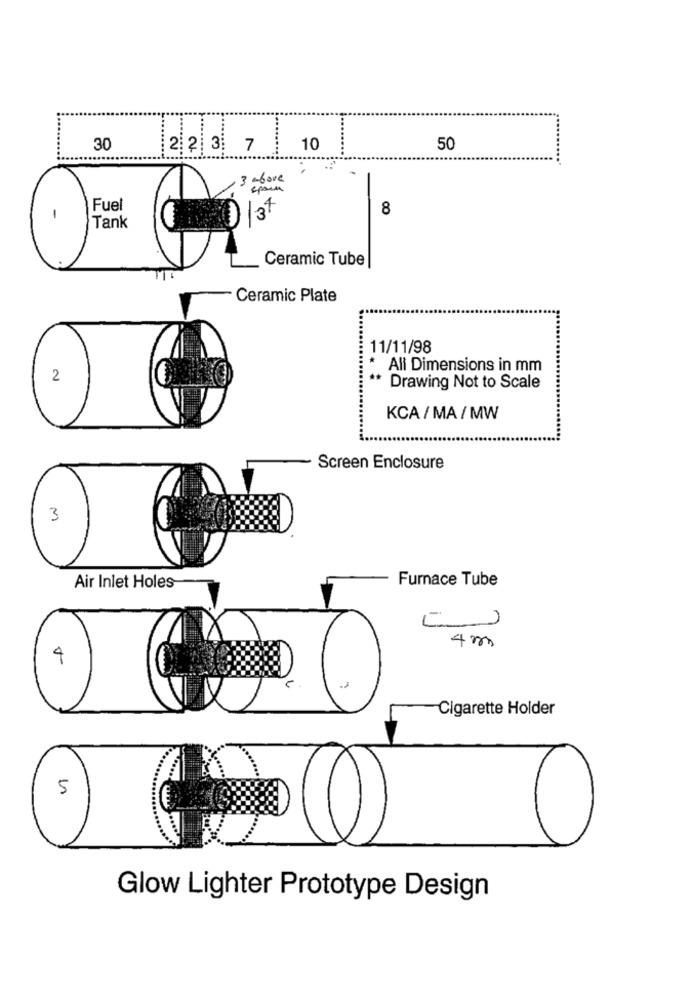
30
2 2 3 7
10
50
3 - bove
Fuel
13+
8
1
Tank
Ceramic Tube
Ceramic Plate
11/11/98
All Dimensions in mm
2
Drawing Not to Scale
KCA / MA / MW
Screen Enclosure
3
Furnace Tube
Air Inlet Holes
4m
4
Cigarette Holder
5
Glow Lighter Prototype Design